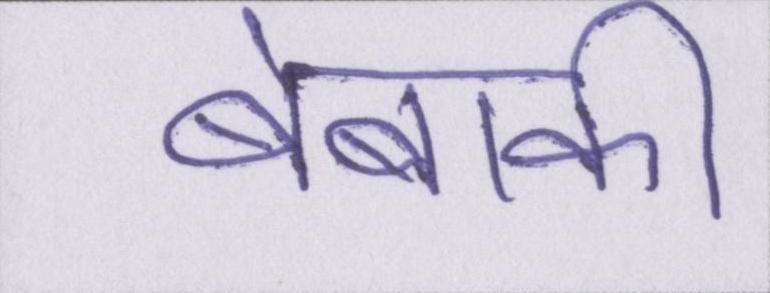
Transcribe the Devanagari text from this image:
बेबाकी